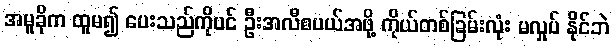
အမူခိုက ထူမ၍ ပေးသည်ကိုပင် ဦးအလီစပယ်အဖို့ ကိုယ်တစ်ခြမ်းလုံး မလှုပ် နိုင်ဘဲ